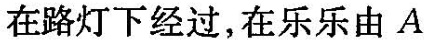
在路灯下经过，在乐乐由A